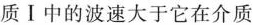
质Ⅰ中的波速大于它在介质介质